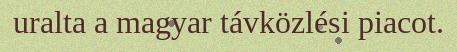
uralta a magyar távközlési piacot.